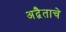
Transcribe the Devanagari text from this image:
अद्वैताचे